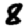
Digit: 8